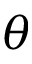
\theta